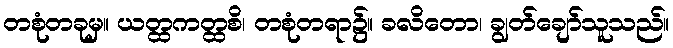
တစုံတခုမှ။ ယတ္ထကတ္ထစိ၊ တစုံတရာ၌။ ခလိတော၊ ချွတ်ချော်သူသည်။